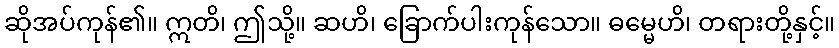
ဆိုအပ်ကုန်၏။ ဣတိ၊ ဤသို့။ ဆဟိ၊ ခြောက်ပါးကုန်သော။ ဓမ္မေဟိ၊ တရားတို့နှင့်။